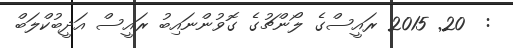
:  20